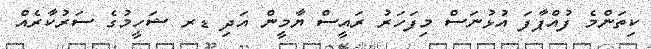
ކިތަންމެ ފުއްޕާފަ އުޅުނަސް މިފަހަރު ރައީސް ޔާމީން އަދި ޑރ ޝަހީމުގެ ސަރުކާރެއް